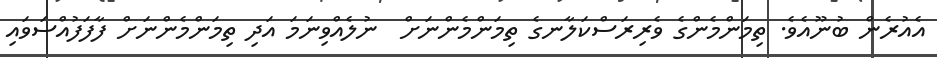
އެއުރެން ބުނޫއެވެ. ތިމަންމެންގެ ވެރިރަސްކަލާނގެ ތިމަންމެންނަށް  ނުލެއްވިނަމަ އަދި ތިމަންމެންނަށް ފާފަފުއްސަވައި